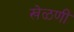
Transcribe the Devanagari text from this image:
खेळणीं